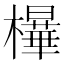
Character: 𰘿